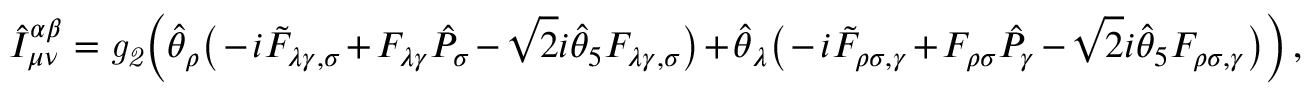
\hat { \cal I } _ { \mu \nu } ^ { \alpha \beta } = { \it g _ { 2 } } \bigg ( \hat { \theta } _ { \rho } \big ( - i \tilde { F } _ { \lambda \gamma , \sigma } + F _ { \lambda \gamma } \hat { P } _ { \sigma } - { \sqrt 2 } i \hat { \theta } _ { 5 } F _ { \lambda \gamma , \sigma } \big ) + \hat { \theta } _ { \lambda } \big ( - i \tilde { F } _ { \rho \sigma , \gamma } + F _ { \rho \sigma } \hat { P } _ { \gamma } - { \sqrt 2 } i \hat { \theta } _ { 5 } F _ { \rho \sigma , \gamma } \big ) \bigg ) \, ,